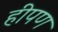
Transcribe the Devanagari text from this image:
हीपण